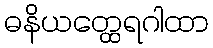
ဓနိယတ္ထေရဂါထာ